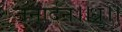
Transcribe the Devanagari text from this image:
जनार्दन।।ध्रु।।